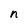
Character: n